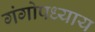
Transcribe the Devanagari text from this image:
गंगोपध्याय